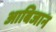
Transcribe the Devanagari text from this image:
आबिजान